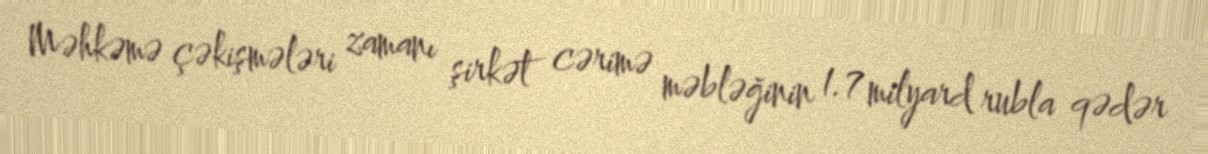
Məhkəmə çəkişmələri zamanı şirkət cərimə məbləğinin 1.7 milyard rubla qədər